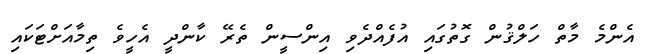
އެންމެ މާތް ހަލްޤުން ގޮތުގައި އުފެއްދެވި އިންސީން ތެރޭ ކާންދީ އެހީވެ ތިމާއަށްޓަކައި